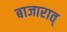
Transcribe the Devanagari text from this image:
बाजारात्‌